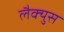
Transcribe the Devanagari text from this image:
लैक्युस